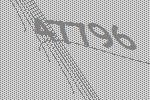
47796